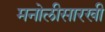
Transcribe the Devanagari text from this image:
मनोलीसारखी